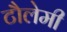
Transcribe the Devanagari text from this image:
टौलेमी